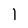
Character: 1